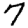
Digit: 7